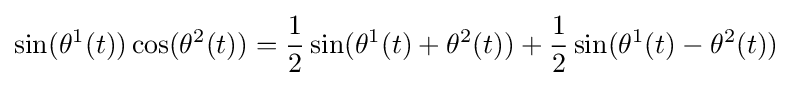
\sin(\theta ^{1}(t))\cos(\theta ^{2}(t))={\frac {1}{2}}\sin(\theta ^{1}(t)+\theta ^{2}(t))+{\frac {1}{2}}\sin(\theta ^{1}(t)-\theta ^{2}(t))